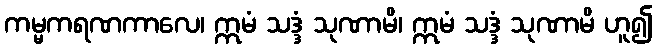
ကမ္မကရဏကာလေ၊ ဣမံ သဒ္ဒံ သုဏာမိ၊ ဣမံ သဒ္ဒံ သုဏာမိ ဟူ၍